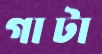
গাটা